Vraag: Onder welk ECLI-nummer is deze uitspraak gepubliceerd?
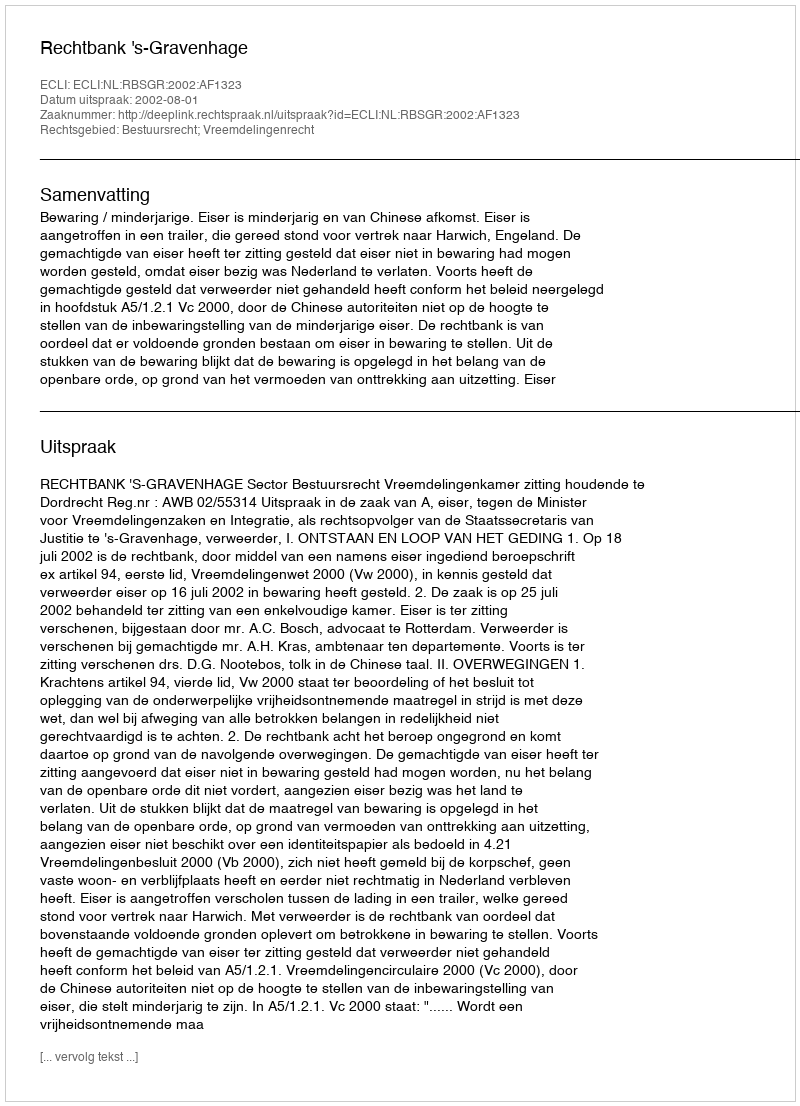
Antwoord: ECLI:NL:RBSGR:2002:AF1323